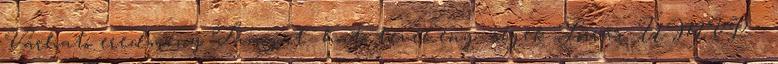
Várható eredmény Támogat- ható tevékeny- ségek Forrás ▪ÚMVP -